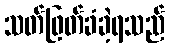
သတ်ဖြတ်ခံခဲ့ရသည်